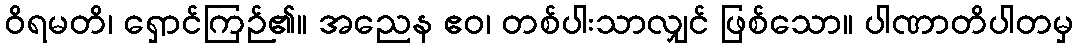
ဝိရမတိ၊ ရှောင်ကြဉ်၏။ အညေန ဧဝ၊ တစ်ပါးသာလျှင် ဖြစ်သော။ ပါဏာတိပါတမှ